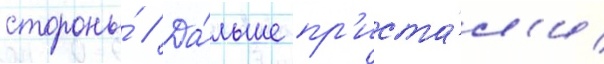
стороны́ // Да́льше пр'иста́л'и